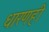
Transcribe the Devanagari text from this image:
धारणही